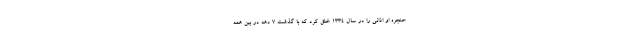
حنجره او اذانی را در سال 1334 خلق کرد که با گذشت 7 دهه در بین همه